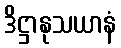
ဒိဋ္ဌာနုသယာနံ